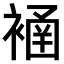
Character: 𧜄